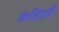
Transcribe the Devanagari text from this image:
कोंडशी